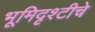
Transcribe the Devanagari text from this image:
भूमिदृश्टीचे